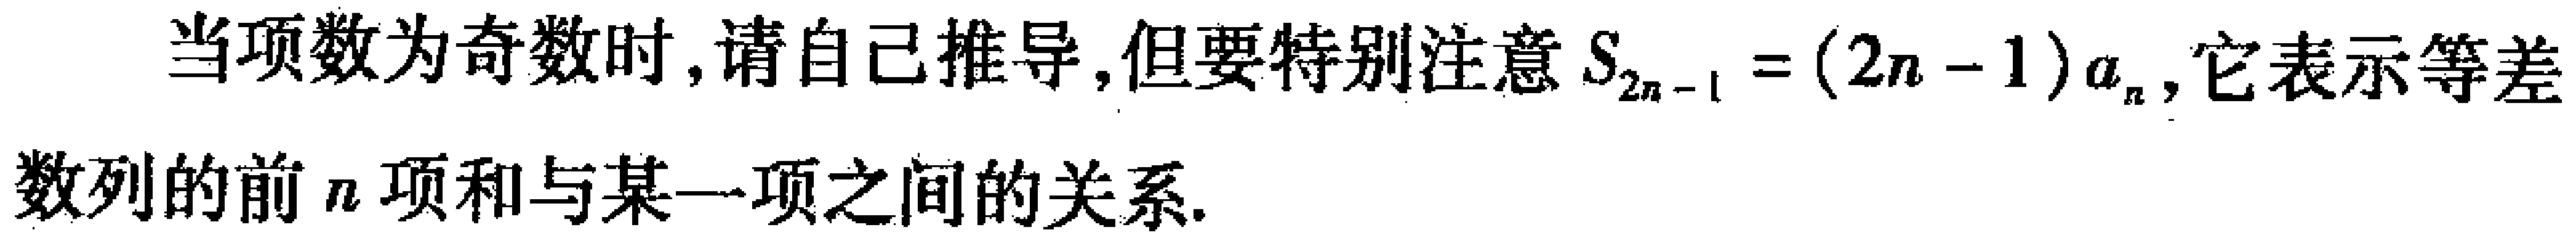
当项数为奇数时,请自己推导,但要特别注意\(S_{2n - 1} = (2n - 1)a_{n}\),它表示等差数列的前\(n\)项和与某一项之间的关系.